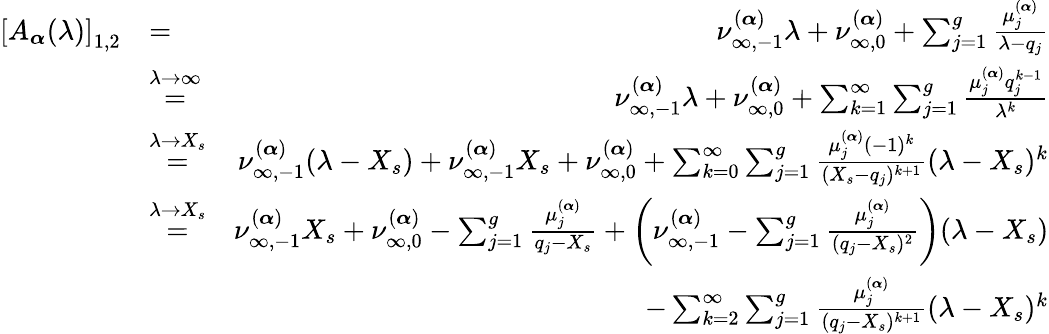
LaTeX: \begin{array}{rlr}{\left[A_{\boldsymbol{\alpha}}(\lambda)\right]_{1,2}}&{=}&{\nu_{\infty,-1}^{(\boldsymbol{\alpha})}\lambda+\nu_{\infty,0}^{(\boldsymbol{\alpha})}+\sum_{j=1}^{g}\frac{\mu_{j}^{(\boldsymbol{\alpha})}}{\lambda-q_{j}}}\\ &{\overset{\lambda\to\infty}{=}}&{\nu_{\infty,-1}^{(\boldsymbol{\alpha})}\lambda+\nu_{\infty,0}^{(\boldsymbol{\alpha})}+\sum_{k=1}^{\infty}\sum_{j=1}^{g}\frac{\mu_{j}^{(\boldsymbol{\alpha})}q_{j}^{k-1}}{\lambda^{k}}}\\ &{\overset{\lambda\to X_{s}}{=}}&{\nu_{\infty,-1}^{(\boldsymbol{\alpha})}(\lambda-X_{s})+\nu_{\infty,-1}^{(\boldsymbol{\alpha})}X_{s}+\nu_{\infty,0}^{(\boldsymbol{\alpha})}+\sum_{k=0}^{\infty}\sum_{j=1}^{g}\frac{\mu_{j}^{(\boldsymbol{\alpha})}(-1)^{k}}{(X_{s}-q_{j})^{k+1}}(\lambda-X_{s})^{k}}\\ &{\overset{\lambda\to X_{s}}{=}}&{\nu_{\infty,-1}^{(\boldsymbol{\alpha})}X_{s}+\nu_{\infty,0}^{(\boldsymbol{\alpha})}-\sum_{j=1}^{g}\frac{\mu_{j}^{(\boldsymbol{\alpha})}}{q_{j}-X_{s}}+\left(\nu_{\infty,-1}^{(\boldsymbol{\alpha})}-\sum_{j=1}^{g}\frac{\mu_{j}^{(\boldsymbol{\alpha})}}{(q_{j}-X_{s})^{2}}\right)(\lambda-X_{s})}\\ &{}&{-\sum_{k=2}^{\infty}\sum_{j=1}^{g}\frac{\mu_{j}^{(\boldsymbol{\alpha})}}{(q_{j}-X_{s})^{k+1}}(\lambda-X_{s})^{k}}\end{array}